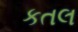
કતલ